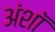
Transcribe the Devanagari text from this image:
अंशॉ